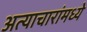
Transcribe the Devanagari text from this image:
अत्याचारांमध्ये